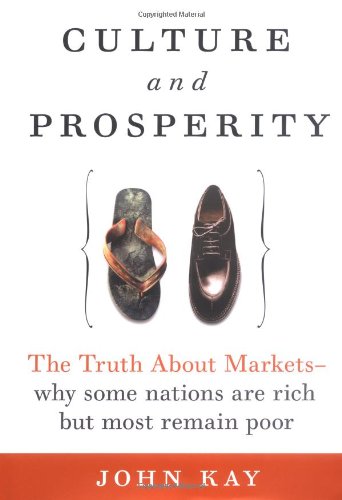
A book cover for Culture and Prosperity: The Truth About Markets - Why Some Nations Are Rich but Most Remain Poor; John Kay; Business & Money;